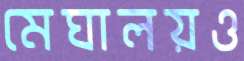
মেঘালয়ও